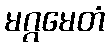
မဂ္ဂမေတံ